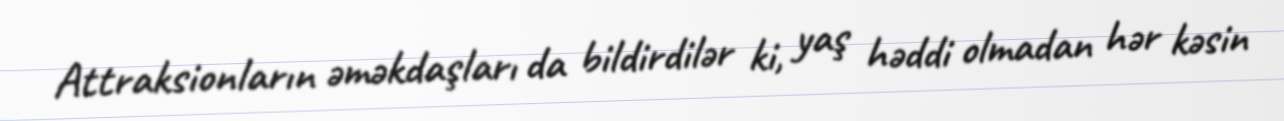
Attraksionların əməkdaşları da bildirdilər ki, yaş həddi olmadan hər kəsin